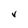
Character: V